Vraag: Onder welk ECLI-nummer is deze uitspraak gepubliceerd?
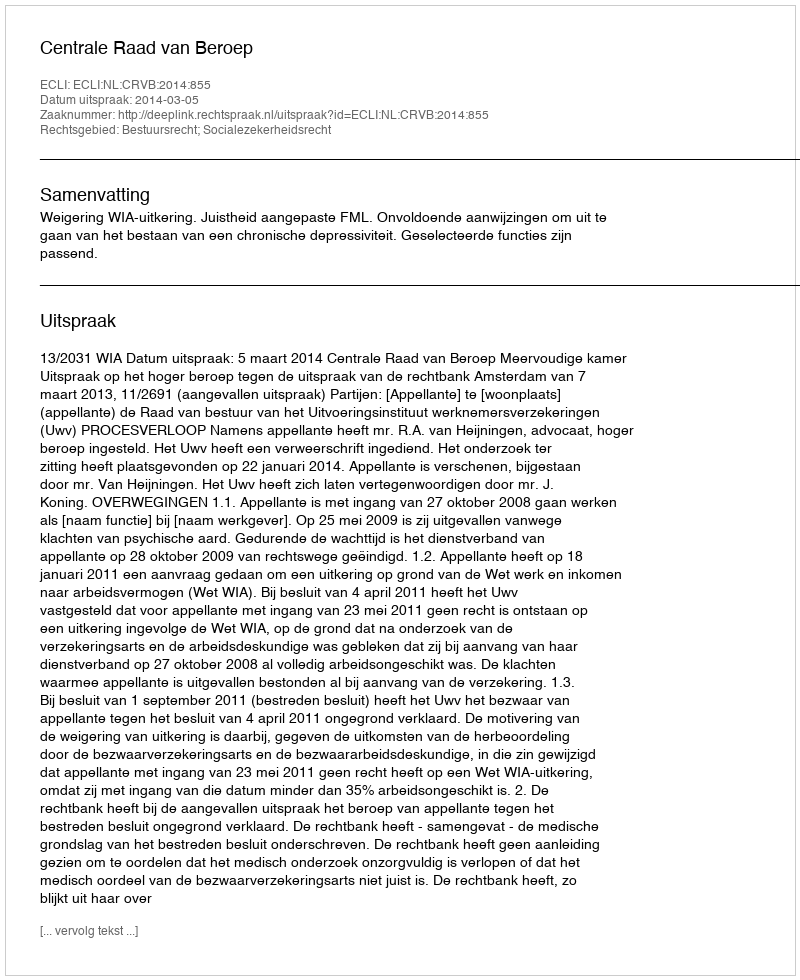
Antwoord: ECLI:NL:CRVB:2014:855